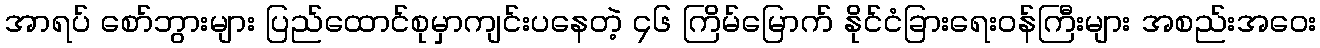
အာရပ် စော်ဘွားများ ပြည်ထောင်စုမှာကျင်းပနေတဲ့ ၄၆ ကြိမ်မြောက် နိုင်ငံခြားရေးဝန်ကြီးများ အစည်းအဝေး